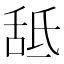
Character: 䑛